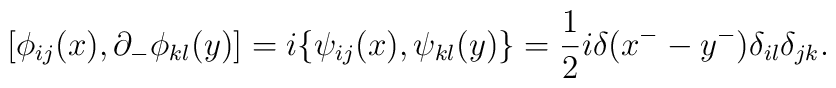
[\phi_{ij}(x),\partial_{-}\phi_{kl}(y)]=i \{\psi_{ij}(x), \psi_{kl}(y)\}=\frac{1}{2}i \delta(x^{-}-y^{-})\delta_{il} \delta_{jk}.